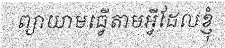
ព្យាយាមធ្វើតាមអ្វីដែលខ្ញុំ